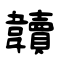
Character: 韥